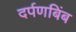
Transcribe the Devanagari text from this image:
दर्पणबिंब